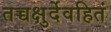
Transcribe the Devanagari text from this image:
तच्चक्षुर्देवहितं